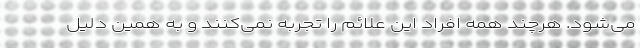
می‌شود. هرچند همه افراد این علائم را تجربه نمی‌کنند و به همین دلیل